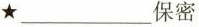
★ ___ 保密